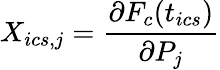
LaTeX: X_{ics,j}=\frac{\partial F_{c}(t_{ics})}{\partial P_{j}}